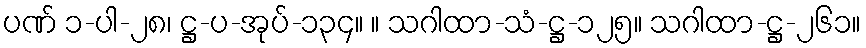
ပဏ် ၁-ပါ-၂၈၊ ဋ္ဌ-ပ-အုပ်-၁၃၄။ ။ သဂါထာ-သံ-ဋ္ဌ-၁၂၅။ သဂါထာ-ဋ္ဌ-၂၆၁။